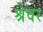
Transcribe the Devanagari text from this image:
श्रेवर